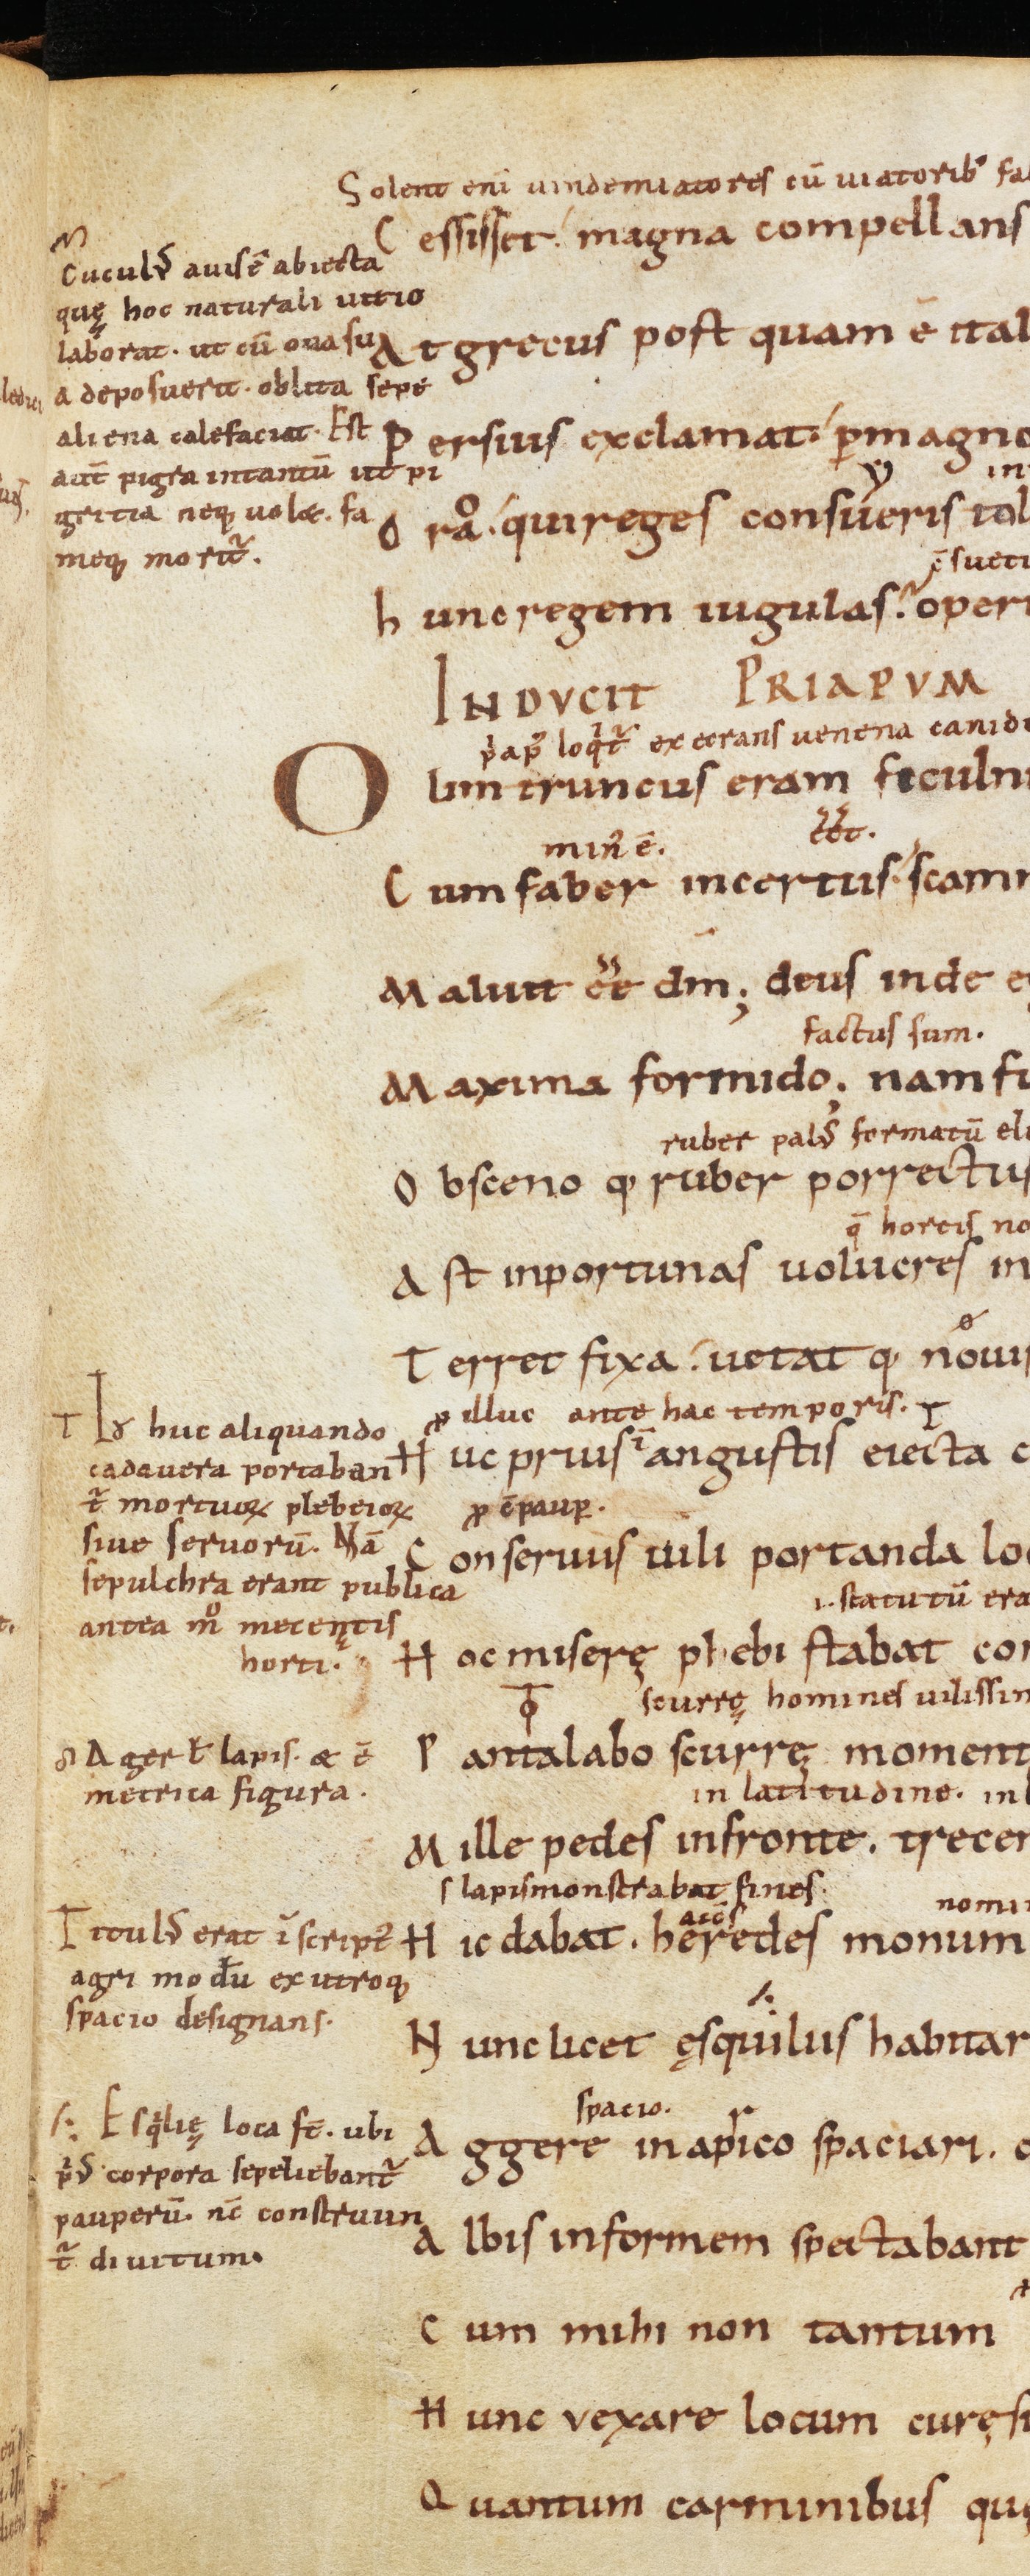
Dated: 900–999